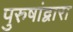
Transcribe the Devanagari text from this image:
पुरुषांद्वारा